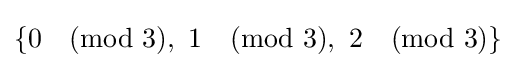
\{0{\pmod {3}},\ 1{\pmod {3}},\ 2{\pmod {3}}\}